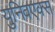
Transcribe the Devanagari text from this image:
युनिवएक्स